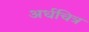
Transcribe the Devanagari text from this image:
अर्धचित्र